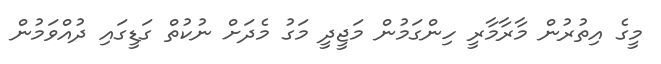
މީގެ އިތުރުން މާރާމާރީ ހިންގަމުން މަޖީދީ މަގު މެދަށް ނުކުތް ގަޑީގައި ދުއްވަމުން